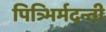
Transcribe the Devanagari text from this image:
पित्र्भिर्मदन्ती